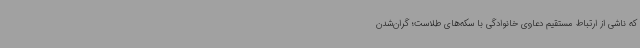
که ناشی از ارتباط مستقیم دعاوی خانوادگی با سکه‌های طلاست؛ گران‌شدن